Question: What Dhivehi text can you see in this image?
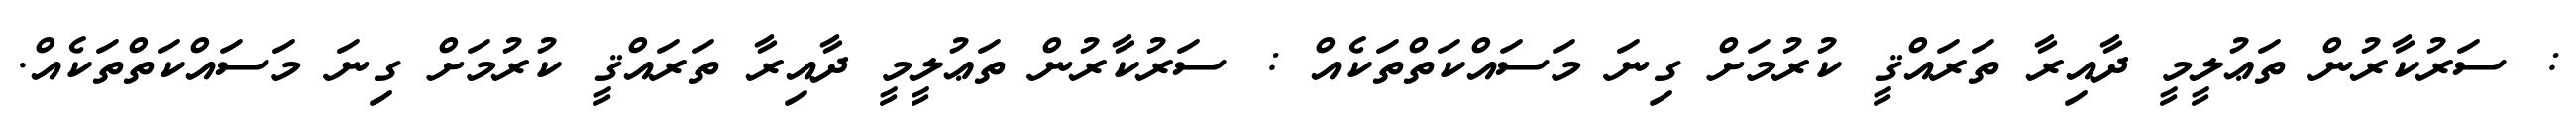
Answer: : ސަރުކާރުން ތަޢުލީމީ ދާއިރާ ތަރައްޤީ ކުރުމަށް ގިނަ މަސައްކަތްތަކެއް : ސަރުކާރުން ތަޢުލީމީ ދާއިރާ ތަރައްޤީ ކުރުމަށް ގިނަ މަސައްކަތްތަކެއް.